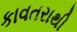
કાવતરાથી